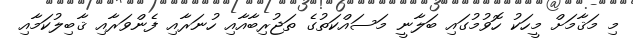
މި މަޤާމަށް މީހަކު ހޮވުމުގައި ބަލާނީ މަސައްކަތުގެ ތަޖުރިބާއާއި ހުނަރާއި ފެންވަރާއި ޤާބިލުކަމާއި